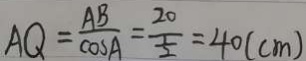
A Q = \frac { A B } { \cos A } = \frac { 2 0 } { \frac { 1 } { 2 } } = 4 0 ( c m )